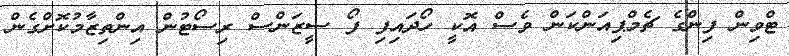
ޓްވިން ފިންގެ ޗެމްޕިއަންކަން ވެސް އޮކީ ހޯދައިފި ފޯ ސީޒަންސް ރިސޯޓުން އިންތިޒާމުކޮށްގެން